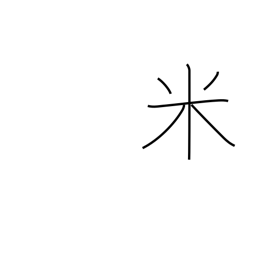
Meaning: USA